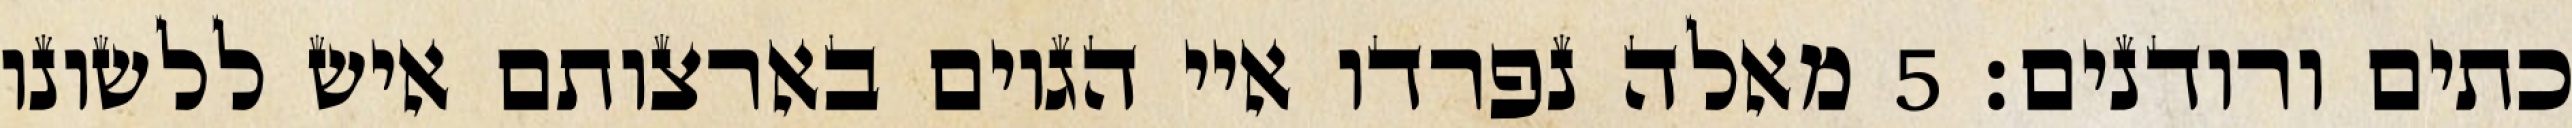
כתים ורודנים׃ ‎5‏ מאלה נפרדו איי הגוים בארצותם איש ללשונו